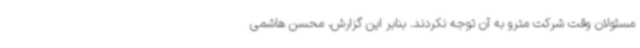
مسئولان وقت شرکت مترو به آن توجه نکردند. بنابر این گزارش، محسن هاشمی